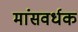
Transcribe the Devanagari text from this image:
मांसवर्धक